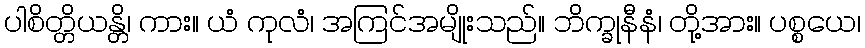
ပါစိတ္တိယန္တိ၊ ကား။ ယံ ကုလံ၊ အကြင်အမျိုးသည်။ ဘိက္ခုနီနံ၊ တို့အား။ ပစ္စယေ၊